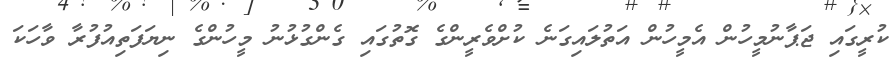
ކުރީގައި ޖަޕާނުމީހުން އެމީހުން އަތުލައިގަނެ ކުށްވެރީންގެ ގޮތުގައި ގެންގުޅުނު މީހުންގެ ނިޔަފަތިއުފުރާ ވާހަކަ